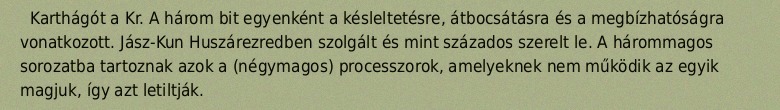
Karthágót a Kr. A három bit egyenként a késleltetésre, átbocsátásra és a megbízhatóságra vonatkozott. Jász-Kun Huszárezredben szolgált és mint százados szerelt le. A hárommagos sorozatba tartoznak azok a (négymagos) processzorok, amelyeknek nem működik az egyik magjuk, így azt letiltják.